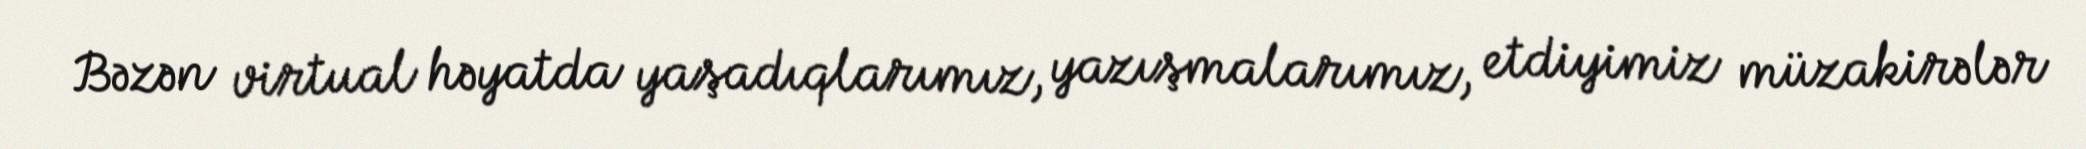
Bəzən virtual həyatda yaşadıqlarımız, yazışmalarımız, etdiyimiz müzakirələr